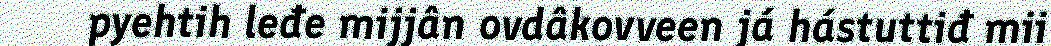
pyehtih leđe mijjân ovdâkovveen já hástuttiđ mii